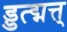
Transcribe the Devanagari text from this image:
ड्डत्द्मत्त्